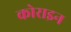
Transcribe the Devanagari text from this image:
कोराइन